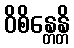
ဝိစိန္တေန္တိ